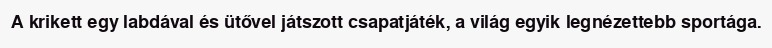
A krikett egy labdával és ütővel játszott csapatjáték, a világ egyik legnézettebb sportága.